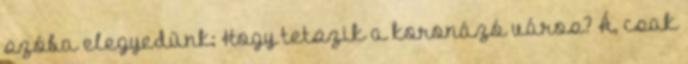
szóba elegyedünk: Hogy tetszik a koronázó város? Á, csak